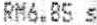
RM6.85 S